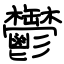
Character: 鬱